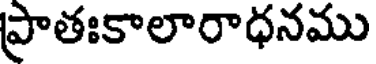
ప్రాతఃకాలారాధనము